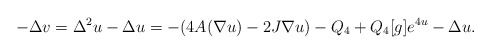
\begin{align*}-\Delta v = \Delta^2 u - \Delta u = - (4A(\nabla u) -2J\nabla u) - Q_4 + Q_4[g]e^{4u} - \Delta u.\end{align*}